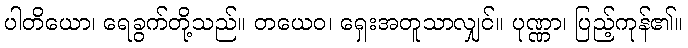
ပါတိယော၊ ရေခွက်တို့သည်။ တယေဝ၊ ရှေးအတူသာလျှင်။ ပုဏ္ဏာ၊ ပြည့်ကုန်၏။